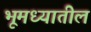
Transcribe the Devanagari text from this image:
भूमध्यातील